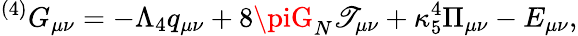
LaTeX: {}^{(4)}G_{\mu\nu}=-\Lambda_{4}q_{\mu\nu}+8\piG_{N}\mathscr{T}_{\mu\nu}+\kappa_{5}^{4}\Pi_{\mu\nu}-E_{\mu\nu},